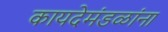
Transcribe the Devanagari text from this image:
कायदेमंडळांना